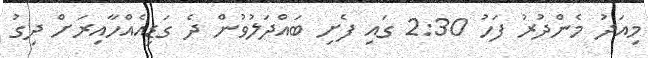
މިއަދު މެންދުރު ފަހު 2:30 ގައި ފެށި ބައްދަލުވުން ދެ ގަޑިއެއްހާއިރަށް ދިގު